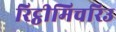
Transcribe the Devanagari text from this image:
रिट्ठीमिचरिउ